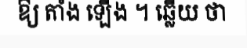
ឱ្យ តាំង ឡើង ។ ឆ្លើយ ថា